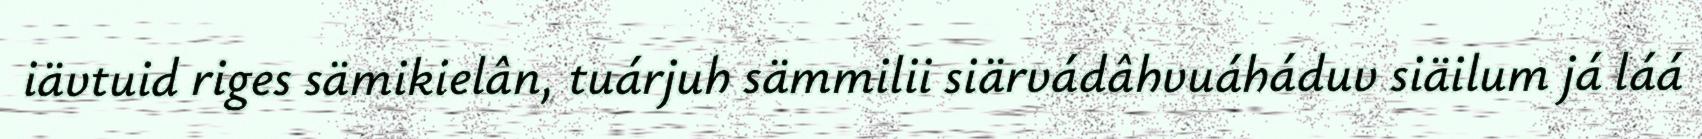
iävtuid riges sämikielân, tuárjuh sämmilii siärvádâhvuáháduv siäilum já láá